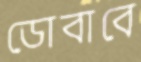
ডোবাবে